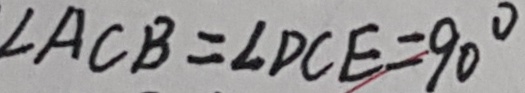
\angle A C B = \angle D C E = 9 0 ^ { \circ }